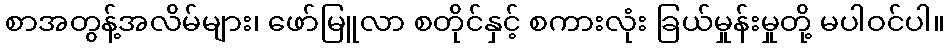
စာအတွန့်အလိမ်များ၊ ဖော်မြူလာ စတိုင်နှင့် စကားလုံး ခြယ်မှုန်းမှုတို့ မပါဝင်ပါ။